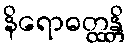
နိရောဓတ္ထန္တိ